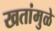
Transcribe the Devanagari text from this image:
खतांमुळे